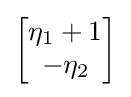
{\begin{bmatrix}\eta _{1}+1\\-\eta _{2}\end{bmatrix}}